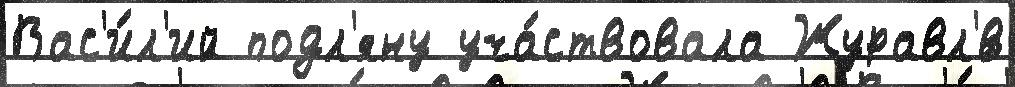
Вас'и́л'ий подл'яну уча́ствовала Журавл'́в